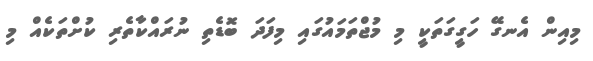
މިއިން އެނގޭ ހަގީގަތަކީ މި މުޖްތަމައުގައި މިފަދަ ބޮޑެތި ނުރައްކާތެރި ކުށްތަކެއް މި